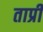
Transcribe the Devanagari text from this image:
ताप्री